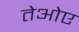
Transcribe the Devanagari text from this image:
तेओए